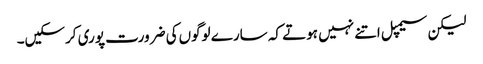
لیکن سیمپل اتنے نہیں ہوتے کہ سارے لوگوں‌کی ضرورت پوری کرسکیں۔